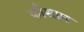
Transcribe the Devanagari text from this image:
कौशाम